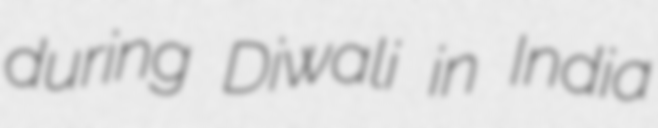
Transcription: during Diwali in India